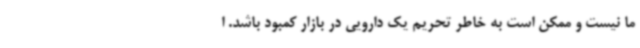
ما نیست و ممکن است به خاطر تحریم یک دارویی در بازار کمبود باشد. ا